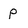
Character: P